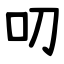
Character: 叨